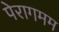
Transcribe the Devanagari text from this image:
पेरागमम